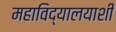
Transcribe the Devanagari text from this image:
महाविद्यालयाशी